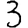
Digit: 3